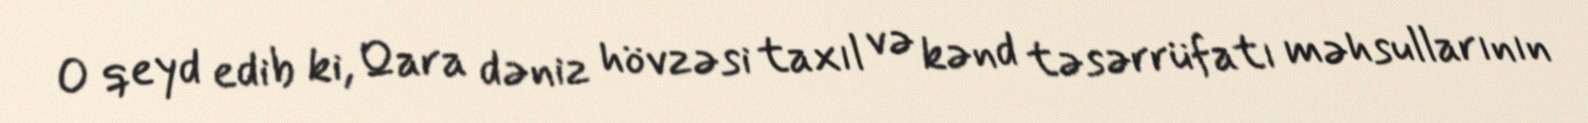
O qeyd edib ki, Qara dəniz hövzəsi taxıl və kənd təsərrüfatı məhsullarının